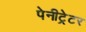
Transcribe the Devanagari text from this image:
पेनीट्रेटर